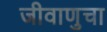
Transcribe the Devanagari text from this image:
जीवाणुचा